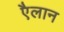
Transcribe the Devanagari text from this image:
एैलान